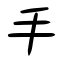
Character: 手